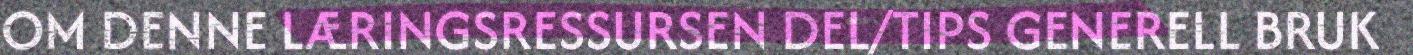
OM DENNE LÆRINGSRESSURSEN DEL/TIPS GENERELL BRUK